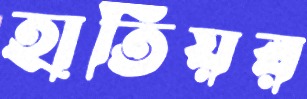
হাতিয়র